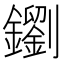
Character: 𨮸